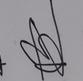
Signature authenticity: forged